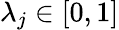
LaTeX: \lambda_{j}\in[0,1]